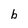
Character: b